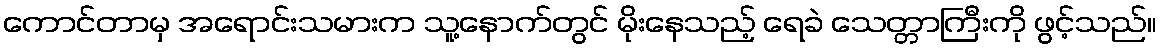
ကောင်တာမှ အရောင်းသမားက သူ့နောက်တွင် မိုးနေသည့် ရေခဲ သေတ္တာကြီးကို ဖွင့်သည်။